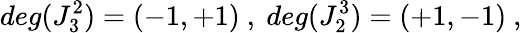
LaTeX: deg(J_{3}^{2})=(-1,+1)\ ,\ deg(J_{2}^{3})=(+1,-1)\ ,